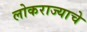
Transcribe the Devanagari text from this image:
लोकराज्याचे